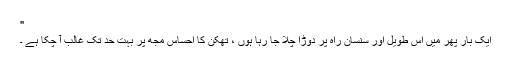
"
ایک بار پھر میں اس طویل اور سنسان راہ پر دوڑا چلا جا رہا ہوں ، تھکن کا احساس مجھ پر بہت حد تک غالب آ چکا ہے ۔